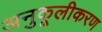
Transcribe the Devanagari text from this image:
अनुकूलीकरण